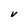
Character: V